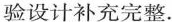
验设计补充完整.